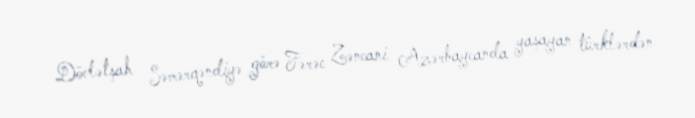
Dövlətşah Səmərqəndiyə görə Fərəc Zəncani Azərbaycanda yaşayan türklərdən